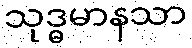
သုဒ္ဓမာနသာ